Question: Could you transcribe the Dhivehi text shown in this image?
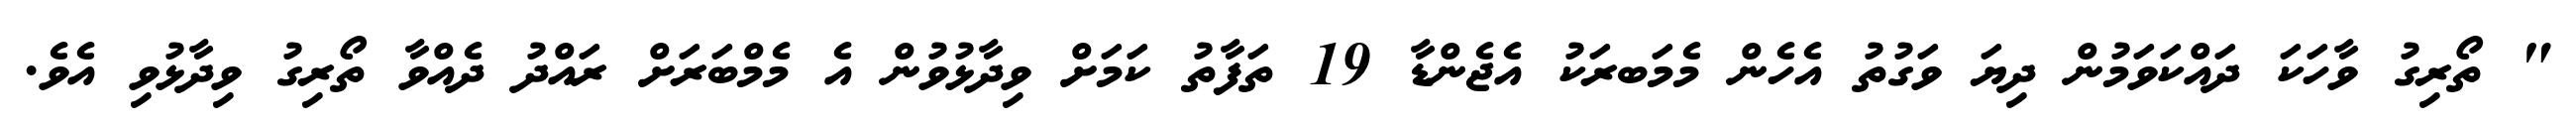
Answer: " ތޯރިގު ވާހަކަ ދައްކަވަމުން ދިޔަ ވަގުތު އެހެން މެމަބރަކު އެޖެންޑާ 19 ތަފާތު ކަމަށް ވިދާޅުވުން އެ މެމްބަރަށް ރައްދު ދެއްވާ ތޯރިގު ވިދާޅުވި އެވެ.